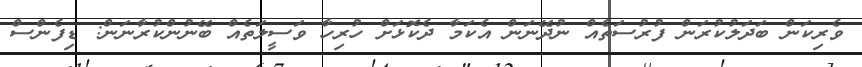
ވެރިކަން ބަދަލުކުރަން ފުރުސަތެއް ނުދޭނަން އެކަމާ ދެކޮޅަށް ހުރިހާ ވަސީލަތެއް ބޭނުންކުރާނަން: ޑިފެންސް